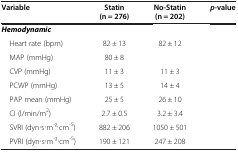
<table><thead><tr><td rowspan="2"><b>Variable</b></td><td><b>Statin</b></td><td><b>No-Statin</b></td><td><b><i>p</i>-value</b></td></tr><tr><td><b>(n = 276)</b></td><td><b>(n = 202)</b></td><td>[EMPTY_CELL]</td></tr></thead><tbody><tr><td><b><i>Hemodynamic</i></b></td><td>[EMPTY_CELL]</td><td>[EMPTY_CELL]</td><td>[EMPTY_CELL]</td></tr><tr><td> Heart rate (bpm)</td><td>82 ± 13</td><td>82 ± 12</td><td>[EMPTY_CELL]</td></tr><tr><td> MAP (mmHg)</td><td>80 ± 8</td><td>[EMPTY_CELL]</td><td>[EMPTY_CELL]</td></tr><tr><td> CVP (mmHg)</td><td>11 ± 3</td><td>11 ± 3</td><td>[EMPTY_CELL]</td></tr><tr><td> PCWP (mmHg)</td><td>13 ± 5</td><td>14 ± 4</td><td>[EMPTY_CELL]</td></tr><tr><td> PAP mean (mmHg)</td><td>25 ± 5</td><td>26 ± 10</td><td>[EMPTY_CELL]</td></tr><tr><td> CI (l/min/m<sup>2</sup>)</td><td>2.7 ± 0.5</td><td>3.2 ± 3.4</td><td>[EMPTY_CELL]</td></tr><tr><td> SVRI (dyn∙s∙m<sup>-</sup>2∙cm<sup>-5</sup>)</td><td>882 ± 206</td><td>1050 ± 501</td><td>[EMPTY_CELL]</td></tr><tr><td> PVRI (dyn∙s∙m<sup>-</sup>2∙cm<sup>-5</sup>)</td><td>190 ± 121</td><td>247 ± 208</td><td>[EMPTY_CELL]</td></tr></tbody></table>